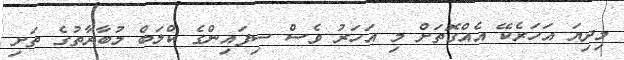
މިދިޔަ އަހަރެކޭ އެއްގޮތަށް މި އަހަރު ވެސް ސިފައިންގެ ކްލަބް މުބާރާތުގެ ތަށި